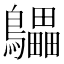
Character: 𲍩